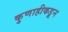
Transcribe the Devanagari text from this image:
कुणाहीकडून